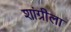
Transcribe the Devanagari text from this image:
शांग्रीला